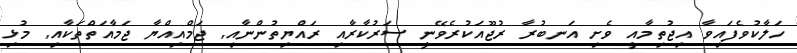
ހަލާކުވެފައިވާ އިޖުތިމާއީ ވެށި އަނބުރާ ރުޖޫއަކުރެވޭނީ ސަރުކާރާއި ރައްޔިތުންނާއި